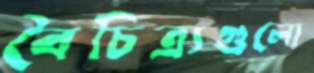
বৈচিত্র্যগুলো